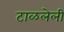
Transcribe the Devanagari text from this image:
टाळलेली